Report on vaccination North-West Frontier Province 1904-1922 - 1904-1922
Year: 1904
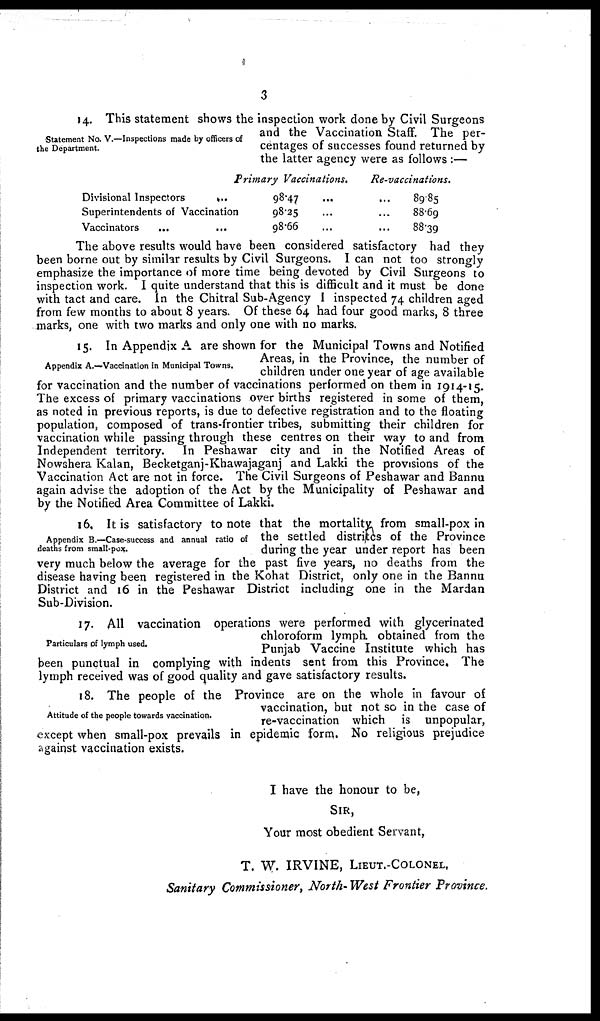
3
Statement No. V.—Inspections made by officers of
the Department.
4. This statement shows the inspection work done by Civil Surgeons
and the Vaccination Staff. The per-
centages of successes found returned by
the latter agency were as follows :—
Divisional Inspectors
...
Superintendents of Vaccination
Vaccinators ... ...
Primary Vaccinations.
98.47 ...
98.25 ...
98.66 ...
Re-vaccinations.
...89.85
...88.69
...88.39
The above results would have been considered satisfactory had they
been borne out by similar results by Civil Surgeons. I can not too strongly
emphasize the importance of more time being devoted by Civil Surgeons to
inspection work. I quite understand that this is difficult and it must be done
with tact and care. In the Chitral Sub-Agency I inspected 74 children aged
from few months to about 8 years. Of these 64 had four good marks, 8 three
marks, one with two marks and only one with no marks.
Appendix A.—Vaccination in Municipal Towns.
15. In Appendix A are shown for the Municipal Towns and Notified
Areas, in the Province, the number of
children under one year of age available
for vaccination and the number of vaccinations performed on them in 1914-15.
The excess of primary vaccinations over births registered in some of them,
as noted in previous reports, is due to defective registration and to the floating
population, composed of trans-frontier tribes, submitting their children for
vaccination while passing through these centres on their way to and from
Independent territory. In Peshawar city and in the Notified Areas of
Nowshera Kalan, Becketganj-Khawajaganj and Lakki the provisions of the
Vaccination Act are not in force. The Civil Surgeons of Peshawar and Bannu
again advise the adoption of the Act by the Municipality of Peshawar and
by the Notified Area Committee of Lakki.
Appendix B.—Case-success and annual ratio of
deaths from small-pox.
16. It is satisfactory to note that the mortality from small-pox in
the settled distritcs of the Province
during the year under report has been
very much below the average for the past five years, no deaths from the
disease having been registered in the Kohat District, only one in the Bannu
District and 16 in the Peshawar District including one in the Mardan
Sub-Division.
Particulars of lymph used.
17. All vaccination operations were performed with glycerinated
chloroform lymph obtained from the
Punjab Vaccine Institute which has
been punctual in complying with indents sent from this Province. The
lymph received was of good quality and gave satisfactory results.
Attitude of the people towards vaccination.
18. The people of the Province are on the whole in favour of
vaccination, but not so in the case of
re-vaccination which is unpopular,
except when small-pox prevails in epidemic form. No religious prejudice
against vaccination exists.
I have the honour to be,
SIR,
Your most obedient Servant,
T. W. IRVINE, LIEUT.-COLONEL,
Sanitary Commissioner, North- West Frontier Province.